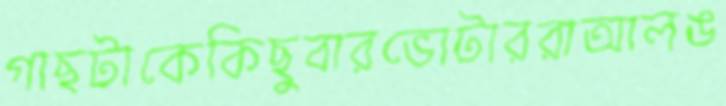
গাছটাকেকিছুবারভোটাররাআলঙ